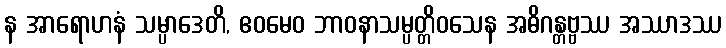
န အာရောဟနံ သမ္ပာဒေတိ, ဧဝမေဝ ဘာဝနာသမ္ပတ္တိဝသေန အဓိဂန္တဗ္ဗဿ အဿာဒဿ